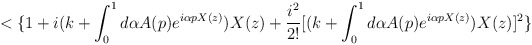
\begin{align*}<\{ 1+i(k+\int _{0}^{1}d \alpha A(p)e^{i\alpha pX(z)})X(z)+\frac{i^{2}}{2!}[(k+\int _{0}^{1}d \alpha A(p)e^{i\alpha pX(z)})X(z)]^{2}\}\end{align*}